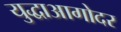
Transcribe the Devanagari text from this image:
युद्धाआगोदर